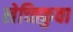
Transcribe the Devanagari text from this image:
लेच्तिकुवा